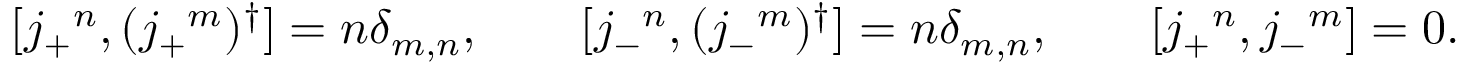
[ j _ { + } { } ^ { n } , ( j _ { + } { } ^ { m } ) ^ { \dagger } ] = n \delta _ { m , n } , \qquad [ j _ { - } { } ^ { n } , ( j _ { - } { } ^ { m } ) ^ { \dagger } ] = n \delta _ { m , n } , \qquad [ j _ { + } { } ^ { n } , j _ { - } { } ^ { m } ] = 0 .